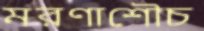
মরণাশৌচ